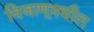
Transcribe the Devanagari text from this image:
विजाणूमधील